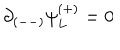
LaTeX: \partial _ { ( -- ) } \psi _ { L } ^ { ( + ) } = 0